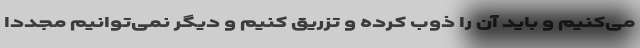
می‌کنیم و باید آن را ذوب کرده و تزریق کنیم و دیگر نمی‌توانیم مجددا